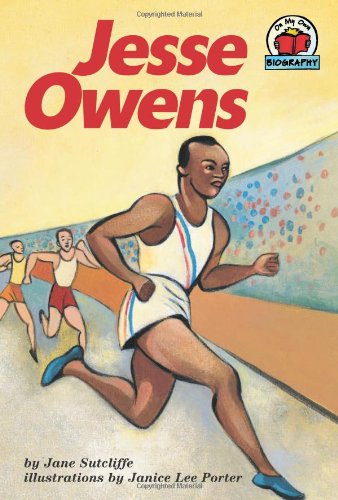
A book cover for Jesse Owens (On My Own Biographies); Jane Sutcliffe; Children's Books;